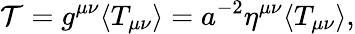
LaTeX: {\mathcal T}=g^{\mu\nu}\langle T_{\mu\nu}\rangle=a^{-2}\eta^{\mu\nu}\langle T_{\mu\nu}\rangle,